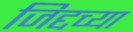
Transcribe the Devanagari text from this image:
जिद्दच्या